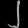
Digit: ၂